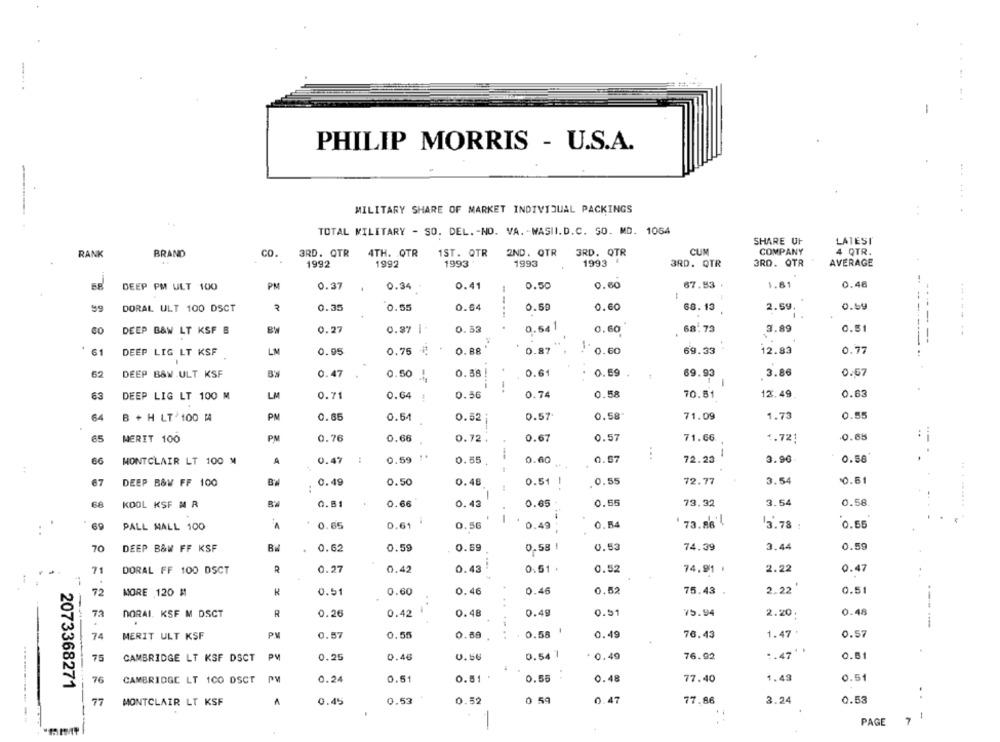
.-- -.
-
PHILIP MORRIS - U.S.A.
-
MILITARY SHARE OF MARKET INDIVIDUAL PACKINGS
TOTAL MILITARY - SO. DEL. - NO. VA. - WASII.D.C. 50. MD. 1064
SHARE UF
LATEST
RANK
BRAND
3RD. QTR
4TH. QTR
1ST. QTR
2ND. QTR
3RD. QTR
CUM
COMPANY
4 QTR.
CO.
1992
1992
1993
1993
1993
3RD. QTR
3RD. QTR
AVERAGE
58
DEEP PM ULT 100
PM
0.37
0.34
0.41
0.50
0.60
67.53
1.61
0.46
0.69
DORAL ULT 100 DSCT
0.35
0.55
0.64
0.59
0.60
68.13
2.59.
----
0.54 1
DEEP B&W LT KSF B
BW
0.27
0.87 |
0.52
0.60
68.73
3.89
0.51
61
DEEP LIG LT KSF
LM
0.95
0.75 €
0. 88
0.87
.0.60
69.33
12.83
0.77
0.61
62
DEEP B&W ULT KSF
0.47
0.50 !
0.38 !
0.59
69.93
3.86
0.67
63
0.74
0.58
12.49
0.63
DEEP LIG LT 100 M
LM
0.71
0.64 !
0.36
70.51
PM
0.57
0.58
71.09
1.73
0.55
64
B + H LT 100 [A
0.65
0.54
0.52 ;
65
PM
0.76
0.66
0.72.
0.67
0.57
71.66
0.68
MERIT 100
1.72!
..
66
MONTCLAIR LT 100 M
A
0.47
0.59 !'
0.55
0.60
0.57
72.23
--
3.90
0.56
67
DEEP B&W FF 100
: 0.49
0.50
0.48
0.51 !
.0.55
72.77
3.54
0.61
1
6A
KOOL KSF M R
0.61
0.66
0.43
0.65
0.55
73.32
3.54
0.58
69
PALL MALL 100
0.65
0.61
0.56
0.49
0.54
73.86 4
3.78 :
0.55
70
DEEP B&W FF KSF
0.62
0.59
0.59
0.58 !
0.53
74.39
3.44
0.59
71
DORAL FF 100 DSCT
R
0.27
0.42
0.43 "
0.51 .
0.52
74.91 .
2.22
0.47
72
MORE 120 M
0.51
0.60
0.46
0.46
0.62
75.43
2.22 '
0.5
72
DORAL. KSF M DSCT
R
0.26
0.42
0.48
0.49
0.51
75.94
2.20.
0.48
------
74
MERIT ULT KSF
PM
0.87
0.55
0.68 .
0.58 1
0.49
76.43
1.47 .
0.57
75
CAMBRIDGE LT KSF DSCT
PM
0.25
0.46
0.56
0.54 1
* 0.49
76.92
1.47
0.61
76
CAMBRIDGE LT 100 DSCT
py
0.24
0.51
0.51
0.55
0.48
77.40
1.49
0.51
2073368271
. .
77
MONTCLAIR LT KSF
0.45
0.53
0.52
0 59
0.47
77.86
3.24
0.53
--
1
PAGE
7
4